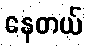
နေတယ်